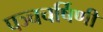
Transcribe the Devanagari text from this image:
पञ्चचर्षिणी